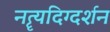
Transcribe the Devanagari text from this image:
नॄत्यदिग्दर्शन